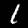
Digit: 1